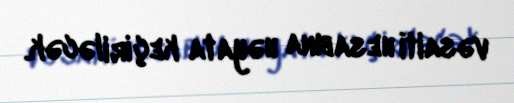
vəsaiti hesabına həyata keçiriləcək.